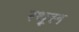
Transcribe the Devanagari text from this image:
रथूल